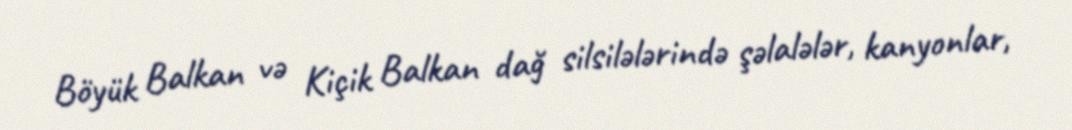
Böyük Balkan və Kiçik Balkan dağ silsilələrində şəlalələr, kanyonlar,